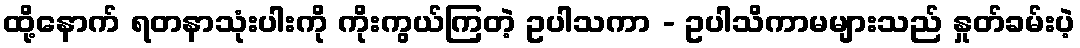
ထို့နောက် ရတနာသုံးပါးကို ကိုးကွယ်ကြတဲ့ ဥပါသကာ - ဥပါသိကာမများသည် နှုတ်ခမ်းပဲ့